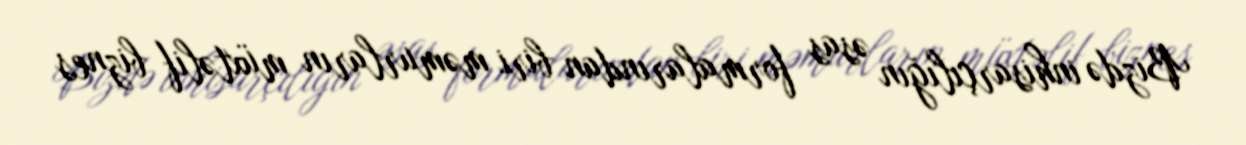
Bizdə inhisarçılığın əsas formalarından biri məmurların müxtəlif biznes